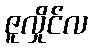
ဇူလှိုင်လ